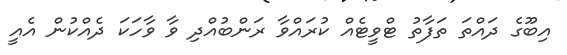
އިބޫގެ ދައްތަ ތަފާތު ޓްވީޓެއް ކުރައްވާ ރަންބުއްދި ވާ ވާހަކަ ދެެއްކުން އެއީ